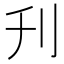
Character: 刋